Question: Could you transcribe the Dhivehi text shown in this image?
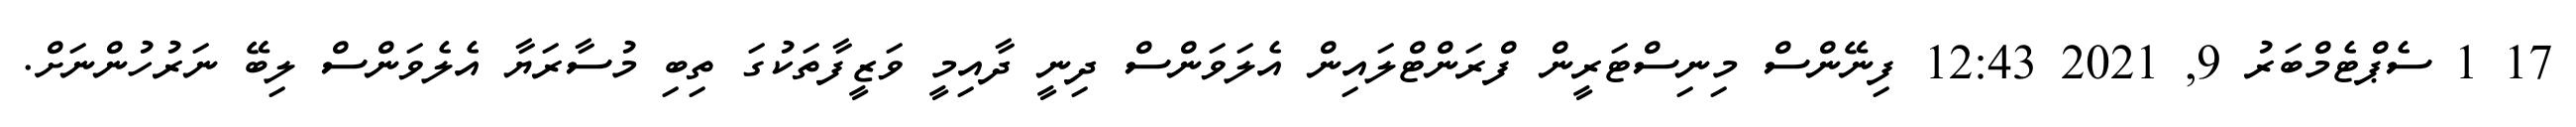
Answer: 17 1 ސެޕްޓެމްބަރު 9, 2021 12:43 ފިނޭންސް މިނިސްޓަރީން ފްރަންޓްލައިން އެލަވަންސް ދިނީ ދާއިމީ ވަޒީފާތަކުގަ ތިބި މުސާރަޔާ އެލެވަންސް ލިބޭ ނަރުހުންނަށް.